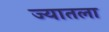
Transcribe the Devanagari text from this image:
ज्यातला